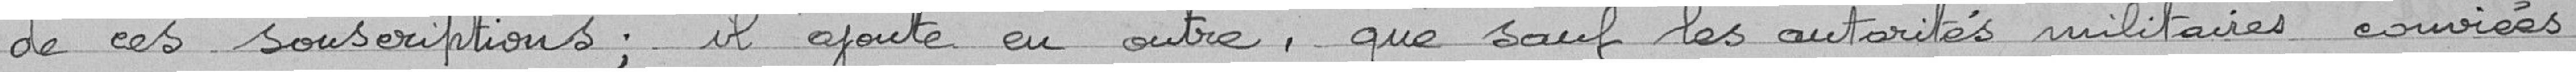
de ces souscriptions; il ajoute en outre, que sauf les autorités militaires conviées